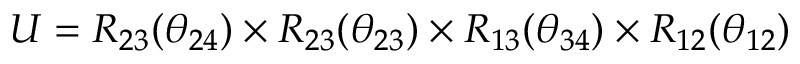
U = R _ { 2 3 } ( \theta _ { 2 4 } ) \times R _ { 2 3 } ( \theta _ { 2 3 } ) \times R _ { 1 3 } ( \theta _ { 3 4 } ) \times R _ { 1 2 } ( \theta _ { 1 2 } )